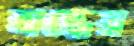
শ্রদ্ধেয়